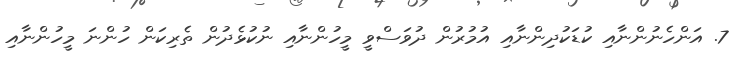
7. އަންހެނުންނާއި ކުޑަކުދިންނާއި އުމުރުން ދުވަސްވީ މީހުންނާއި ނުކުޅެދުން ތެރިކަން ހުންނަ މީހުންނާއި